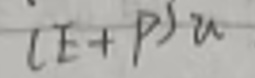
$(E + P)u$